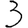
Digit: 3